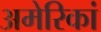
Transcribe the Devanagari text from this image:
अमेरिकां